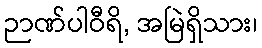
ဉာဏ်ပါဝီရိ, အမြဲရှိသား၊